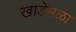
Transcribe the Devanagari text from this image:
खाडेमळा